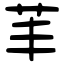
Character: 䒠